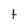
Character: t